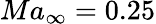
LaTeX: Ma_{\infty}=0.25